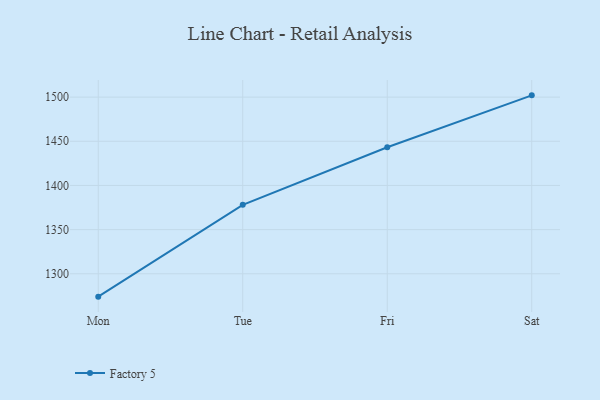
{"axis": {"x": "Day", "y": "Production Output"}, "legend": ["Factory 5"], "data": [{"x": "Mon", "y": 1274.1, "type": "Factory 5"}, {"x": "Tue", "y": 1378.1, "type": "Factory 5"}, {"x": "Fri", "y": 1443.3, "type": "Factory 5"}, {"x": "Sat", "y": 1502.0, "type": "Factory 5"}]}